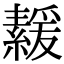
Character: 𦅻